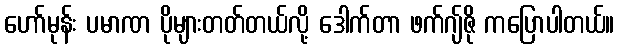
ဟော်မုန်း ပမာဏ ပိုများတတ်တယ်လို့ ဒေါက်တာ ဖက်ဂျ်ဇို ကပြောပါတယ်။